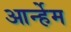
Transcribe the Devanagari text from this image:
आर्न्हेम